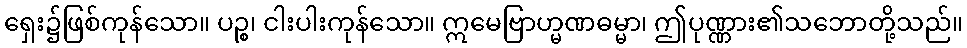
ရှေး၌ဖြစ်ကုန်သော။ ပဉ္စ၊ ငါးပါးကုန်သော။ ဣမေဗြာဟ္မဏဓမ္မာ၊ ဤပုဏ္ဏား၏သဘောတို့သည်။